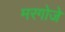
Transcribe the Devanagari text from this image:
मरगोजे